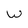
Character: W